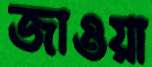
জাওয়া